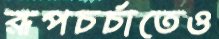
রূপচর্চাতেও